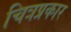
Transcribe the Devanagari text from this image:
चित्रप्रकार